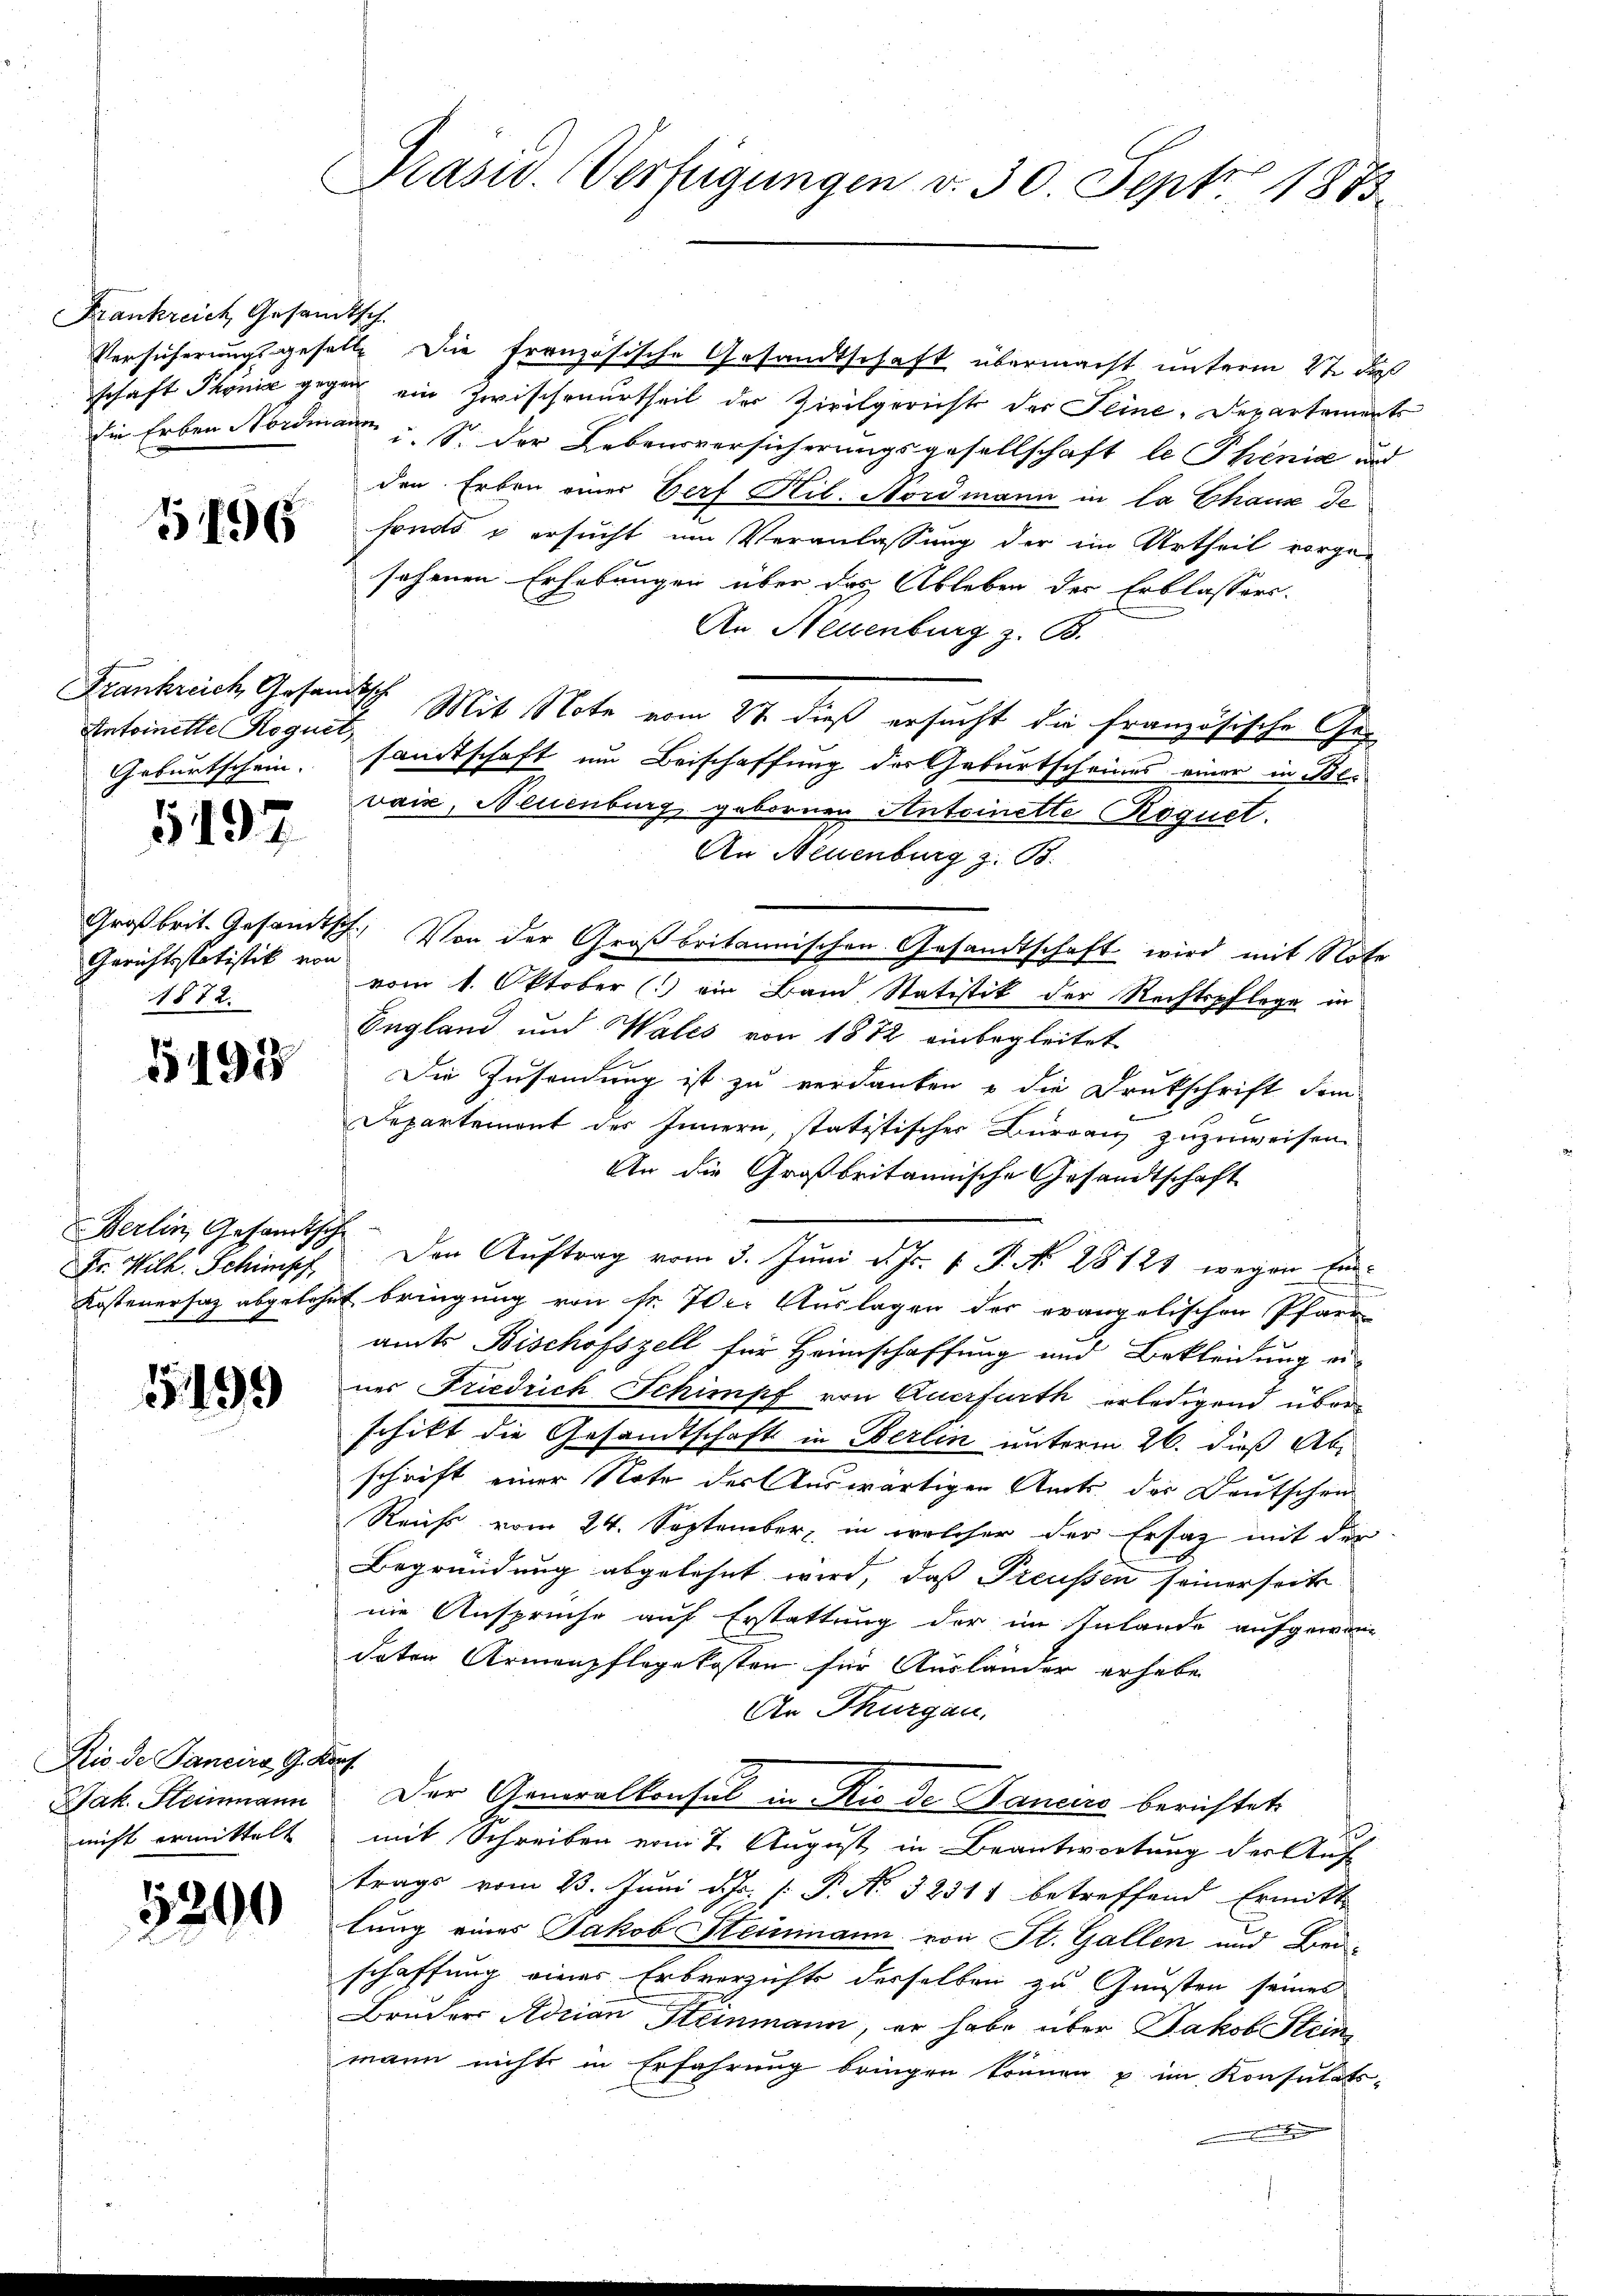
Frankreich Gesandtsch.

1196

Frankreich Gesandtsch
Antoinette Roguet
Geburtschein.

5197

Großbrit. Gesamt-
Gerichtsstatistik von
1872.

5495

Berlin, Gesandtsch
Fr. Wilh. Schimpf

599

Rio de Pancirs G. K.
Jak. Heinmann
nicht ermittelt

5290

C
Präsid. Verfügungen v. 30. Sept. 1873.

Versicherungsgeselle Die französische Gesandtschaft übermacht unterm 22 des
schaft Phöniz gegen ein Zwischenurtheil der Zivilgerichts der Seine, Departements
die Erben Nordmann u. S. der Lebensversicherungsgesellschaft le Thenia und
den Erben einer Berf Kil. Nordmann in la Chause de
fonds u ersucht um Veranlassung der im Urtheil vorge-
sehenen Erhebungen über das Ableben der Erblassers¬
An Neuenburg z. B.
Mit Note vom 27. dieß ersucht die französische Gesandtschaft um Beischaffung des Geburtscheines einer in Bevais, Neuenburg, gebornen Antoinette Roquet.
An Neuenburg z. B.
I. Von der Großbritannischen Gesandtschaft wird mit Note
vom 1. Oktober (: ein Band Statistik der Rechtspflege in
England und Wales von 1872 einbegleitet
Die Zusendung ist zu verdanken u die Drukschrift dem
Departement des Innern, statitischer Burgau zuzuweisen.
An die Großbritannische Gesandtschaft
Den Auftrag vom 3. Juni d. Js. v. P. No. 28121 wegen Ein-
Kostenersatz abgelehnt bringung von Fr. 70. Auslagen der evangelischen Pfarr
amts Bischofszell für Heimschaffung und Bekleidung ei-
nes Friedrich Schimpf von Auerfurth erledigend über
schikt die Gesandtschaft in Berlin unterm 26. dieß Abschrift einer Note der Auswärtigen Amts der Deutschein
Reichs vom 24. September, in welcher der Ersatz mit der
Begründung abgelehnt wird, daß Preussen seinerseits
nie Ansprüche auf Erstattung der im Anlande aufgewordaten Armenpflegekosten für Ausländer erhabe
Ar Thurgau.
G
Der Generalkonsul in Rio de Baneiro berichtet
mit Schreiben vom 7. August in Beantwortung der Auf-
trags vom 23. Juni d. Js. [ P. No. 32311 betreffend Ermitt
lung eines Jakob Steinmann von St. Gallen und Bei-
schaffung einer Erbverzichts derselben zu Gunsten seines
Bruder Adrian Steinmann, er habe über Jakob Stein
mann nicht in Erfahrung bringen können u im Konsulats-
e